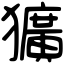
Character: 獷